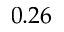
0 . 2 6